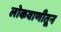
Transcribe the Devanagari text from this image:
लोकवाणीतून